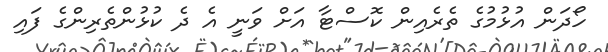
ހޯދަން އުޅުމުގެ ތެރެއިން ކޮސްޓާ އަށް ވަނީ އެ ދެ ކުޅުންތެރިންގެ ފައި